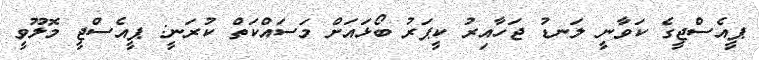
ޕީއެސްޖީގެ ކަވާނީ ލަނޑު ޖަހާއިރު ކީޕަރު ބޯޅައަށް މަސައްކަތް ކުރަނީ: ޕީއެސްޖީ މޮލޫވީ